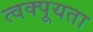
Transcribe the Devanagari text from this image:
त्वक्पूयता